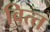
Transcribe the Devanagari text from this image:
वित्‍त